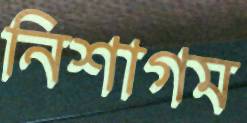
নিশাগম